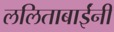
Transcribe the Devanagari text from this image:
ललिताबाईंनी